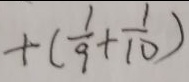
+ ( \frac { 1 } { 9 } + \frac { 1 } { 1 0 } )